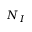
N _ { I }